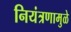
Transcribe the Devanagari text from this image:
नियंत्रणामुळे